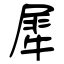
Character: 犀